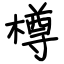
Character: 樽